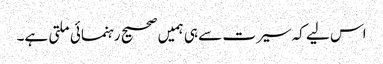
اس لیے کہ سیرت سے ہی ہمیں صحیح رہنمائی ملتی ہے۔